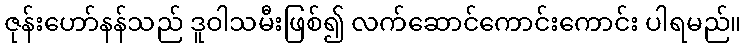
ဇုန်းဟော်နန်သည် ဒူဝါသမီးဖြစ်၍ လက်ဆောင်ကောင်းကောင်း ပါရမည်။